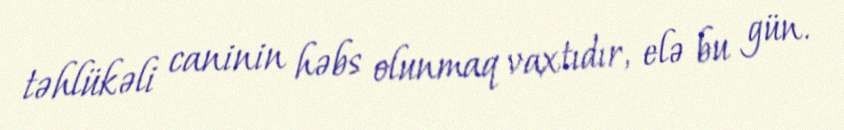
təhlükəli caninin həbs olunmaq vaxtıdır, elə bu gün.